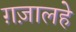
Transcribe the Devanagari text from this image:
ग़ज़ालहे